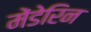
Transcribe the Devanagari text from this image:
मेंडेरिन